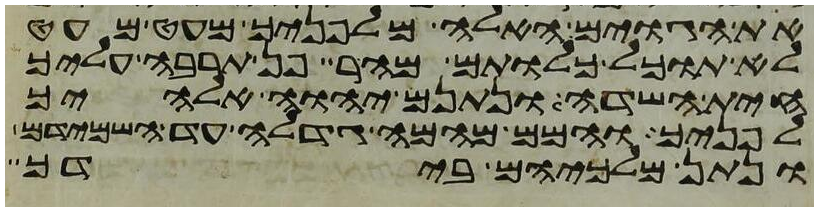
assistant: את הגוים האלה מלפניך מעט מעט
לא תוכל כלותם מהר פן תרבה עליך
חית השדה ונתנם יהוה אלהיך
לפניך והמם מהמה גדלה עד השמידם
ונתן מלכיהם בידך